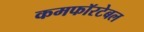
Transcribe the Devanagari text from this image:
कमफॉरटेबल